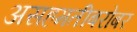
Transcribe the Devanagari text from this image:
असहमतीबरोबर